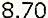
8.70